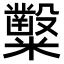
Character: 𥽦